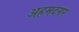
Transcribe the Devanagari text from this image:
अहमदगर